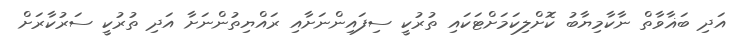
އަދި ބަޣާވާތް ނާކާމިޔާބު ކޮށްލިކަމަށްޓަކައި ތުރުކީ ސިފައިންނަށާއި ރައްޔިތުންނަށާ އަދި ތުރުކީ ސަރުކާރަށް